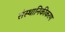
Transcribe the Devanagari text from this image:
संस्थानिकीकरण